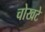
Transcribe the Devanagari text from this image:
चोखटे